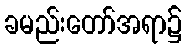
ခမည်းတော်အရာ၌